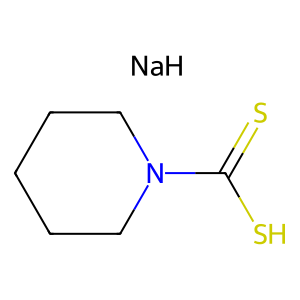
SMILES: S=C(S)N1CCCCC1.[NaH]
Inhibits HIV replication: No